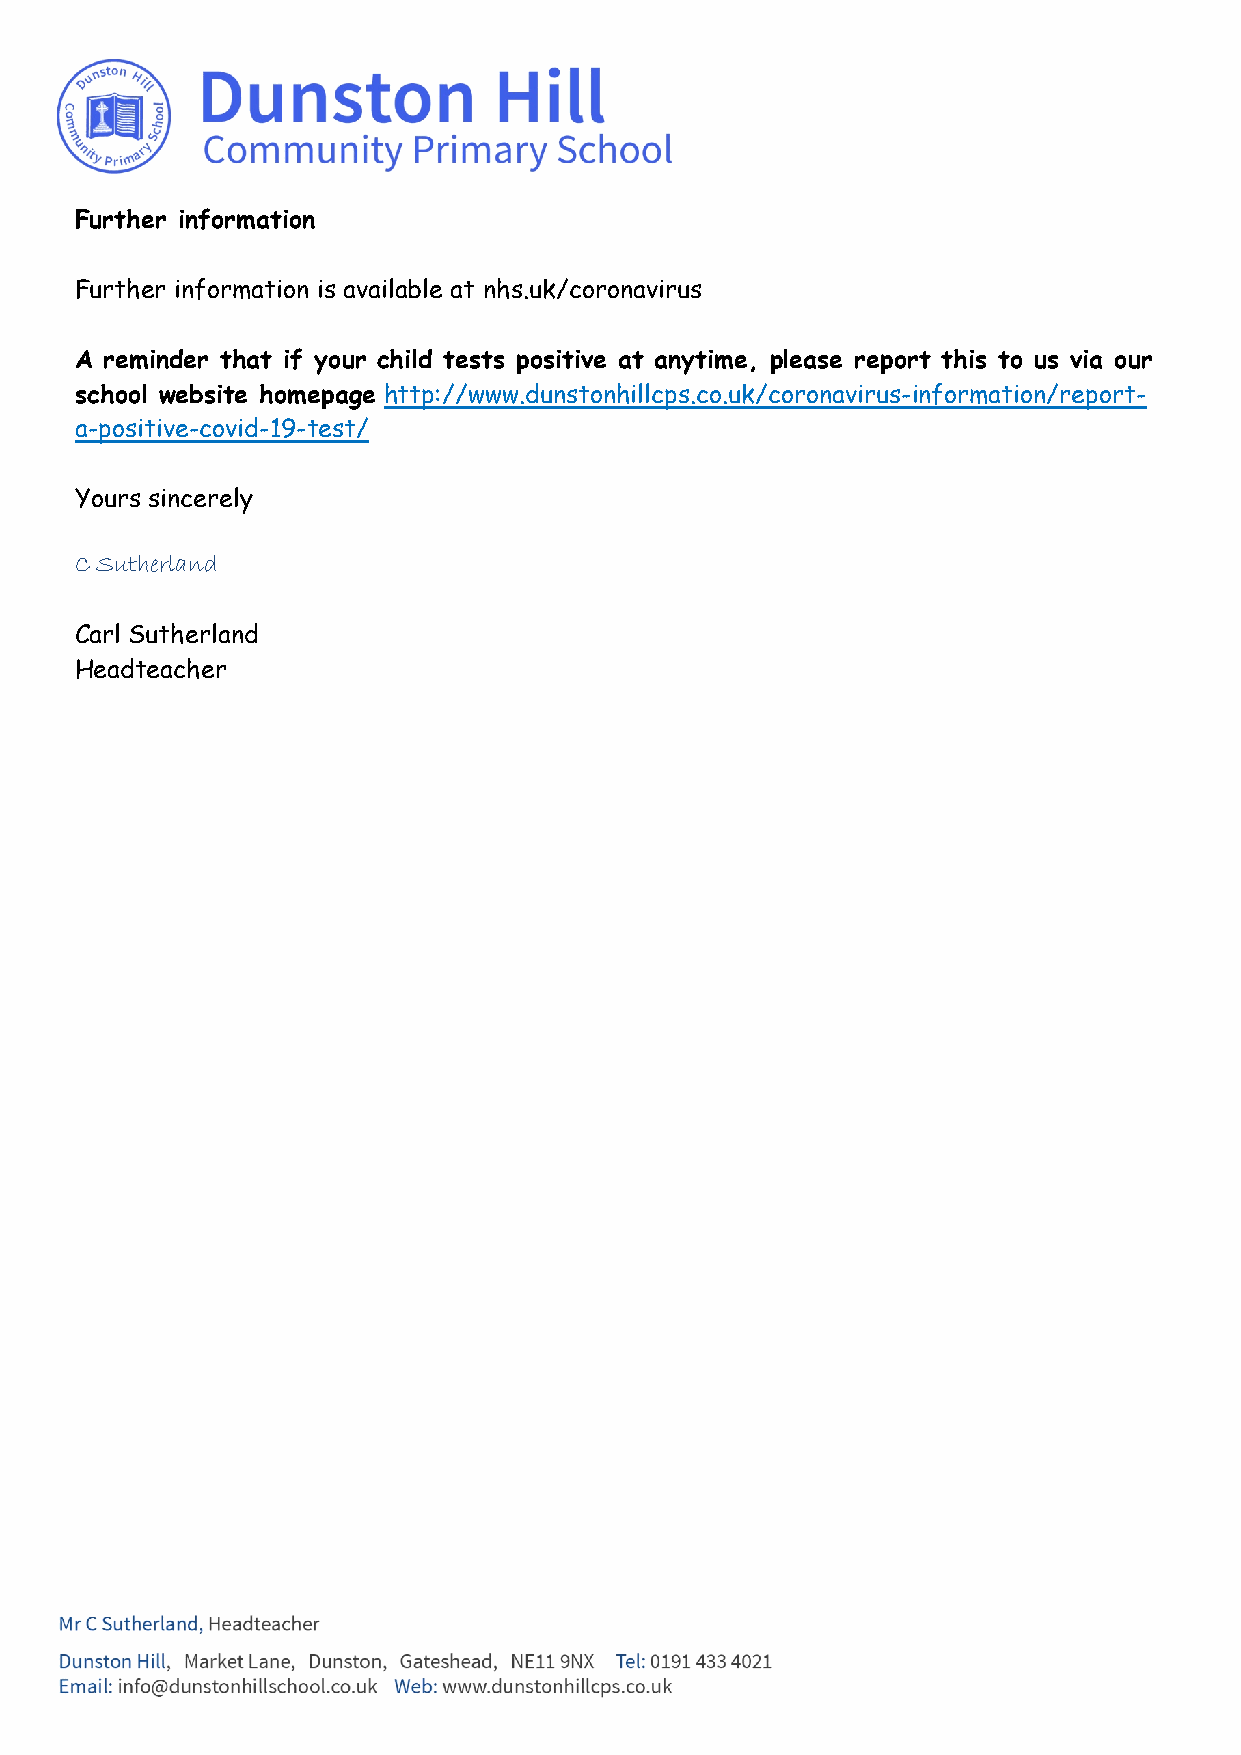
Further information
 Further information is available at nhs.uk/coronavirus
 A reminder that if your child tests positive at anytime, please report this to us via our
 school website homepage http://www.dunstonhillcps.co.uk/coronavirus-information/report-
 a-positive-covid-19-test/
 Yours sincerely
 C Sutherland
 Carl Sutherland
 Headteacher